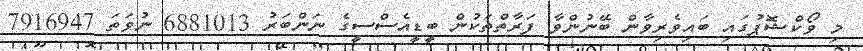
މި ވޯކްޝޮޕުގައި ބައިވެރިވާން ބޭނުންވާ ފަރާތްތަކުން ބީޑީއެސްސީގެ ނަންބަރު 6881013 ނުވަތަ 7916947